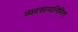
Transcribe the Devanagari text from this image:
व्यवसायानिमित्त